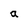
Character: a